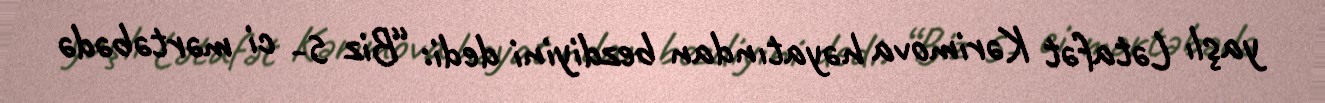
yaşlı Lətafət Kərimova həyatından bezdiyini dedi: “Biz 5- ci mərtəbədə